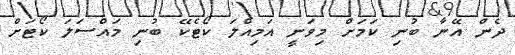
ދެން އޭނާ ބުނި ކަމަށް މިވަނީ އަމިއްލަ ކޯޓެކޭ ބުނި މައްސަލަ ކޯޓަށް